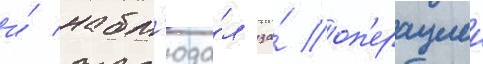
и́ набл'юда́л за́ оп'ерациеи